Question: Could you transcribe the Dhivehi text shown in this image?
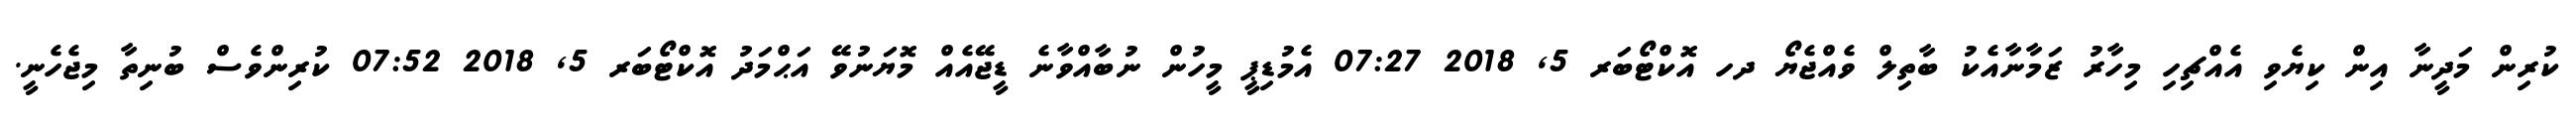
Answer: ކުރިން މަދީނާ އިން ކިޔެވި އެއްޗިހި މިހާރު ޒަމާނާއެކު ބާތިލް ވެއްޖެޔޯ ދހ އޮކްޓޯބަރ 5, 2018 07:27 އެމުޑިޕީ މީހުން ނުބާއްވާނެ ޑީޖޭއެއް މޮޔަނުވޭ އަޙްމަދު އޮކްޓޯބަރ 5, 2018 07:52 ކުރިންވެސް ބުނިތާ މިޖެހެނީ.